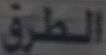
الطرق